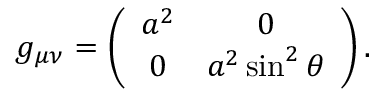
\begin{array} { r } { g _ { \mu \nu } = \left( \begin{array} { c c } { a ^ { 2 } } & { 0 } \\ { 0 } & { a ^ { 2 } \sin ^ { 2 } \theta } \end{array} \right) . } \end{array}